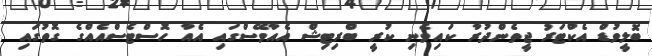
ބޮލީވުޑް އެކްޓަރު ޖީތެންދުރާ ކައިވެނި ކުރީ ބްރިޓިޝް އެއާވޭސްގައި އެއާ ހޮސްޓެސްއެއްގެ ގޮތުގައި